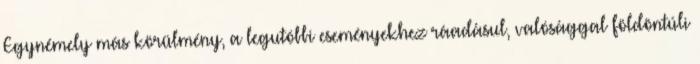
Egynémely más körülmény, a legutóbbi eseményekhez ráadásul, valósággal földöntúli